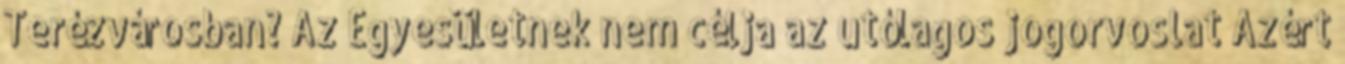
Terézvárosban? Az Egyesületnek nem célja az utólagos jogorvoslat Azért